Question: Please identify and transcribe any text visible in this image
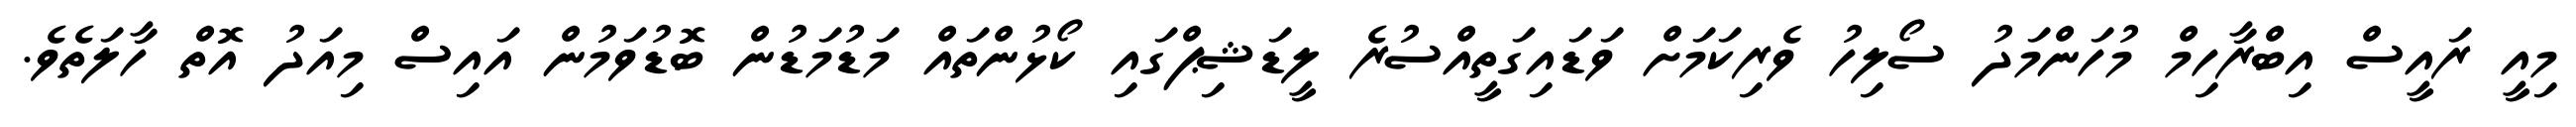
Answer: މިއީ ރައީސް އިބްރާހިމް މުހަންމަދު ސޯލިހު ވެރިކަމަށް ވަޑައިގަތީއްސުރެ ލީޑަޝިޕްގައި ކޯޅުންތައް މަޑުމަޑުން ބޮޑުވަމުން އައިސް މިއަދު އޮތް ހާލަތެވެ.